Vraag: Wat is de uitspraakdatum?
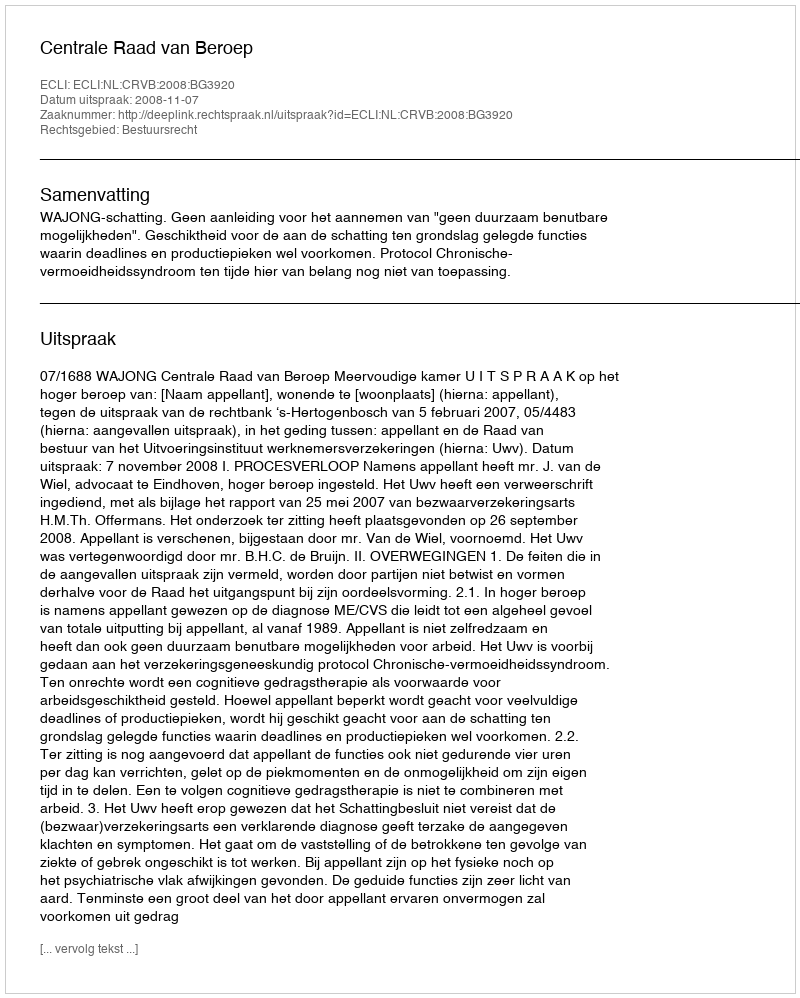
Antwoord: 2008-11-07